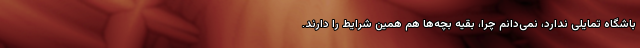
باشگاه تمایلی ندارد، نمی‌دانم چرا، بقیه بچه‌ها هم همین شرایط را دارند.